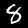
Digit: 8